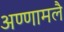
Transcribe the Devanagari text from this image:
अण्णामलै